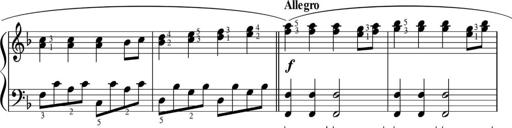
Title: Sonatinas
Composer: Andrew Violette